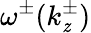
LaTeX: \omega^{\pm}(k_{\mathit{z}}^{\pm})